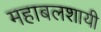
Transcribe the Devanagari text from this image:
महाबलशायी